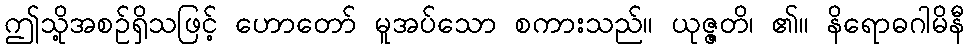
ဤသို့အစဉ်ရှိသဖြင့် ဟောတော် မူအပ်သော စကားသည်။ ယုဇ္ဇတိ၊ ၏။ နိရောဓဂါမိနီ